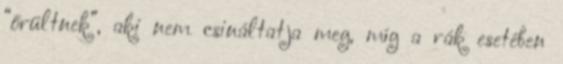
“őrültnek”, aki nem csináltatja meg, míg a rák esetében